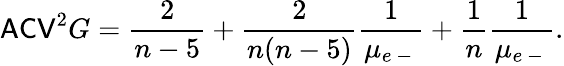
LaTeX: \mathsf{ACV}^{2}G=\frac{2}{n-5}+\frac{2}{n(n-5)}\frac{1}{\mu_{e\mathrm{~-~}}}+\frac{1}{n}\frac{1}{\mu_{e\mathrm{~-~}}}.